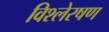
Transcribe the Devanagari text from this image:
विश्लेरषण